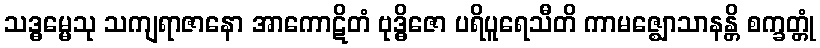
သဒ္ဓမ္မေသု သကျရာဇာနော အာကောဋိတံ ဗုဒ္ဓိဇော ပရိပူရေသီတိ ကာမဇ္ဈောသာနန္တိ စက္ခတ္တုံ